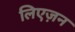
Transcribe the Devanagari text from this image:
लिएज़न